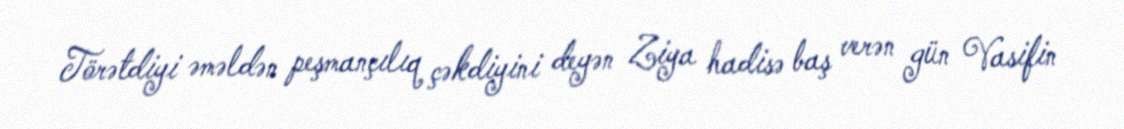
Törətdiyi əməldən peşmançılıq çəkdiyini deyən Ziya hadisə baş verən gün Vasifin